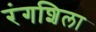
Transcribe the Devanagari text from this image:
रंगशिला